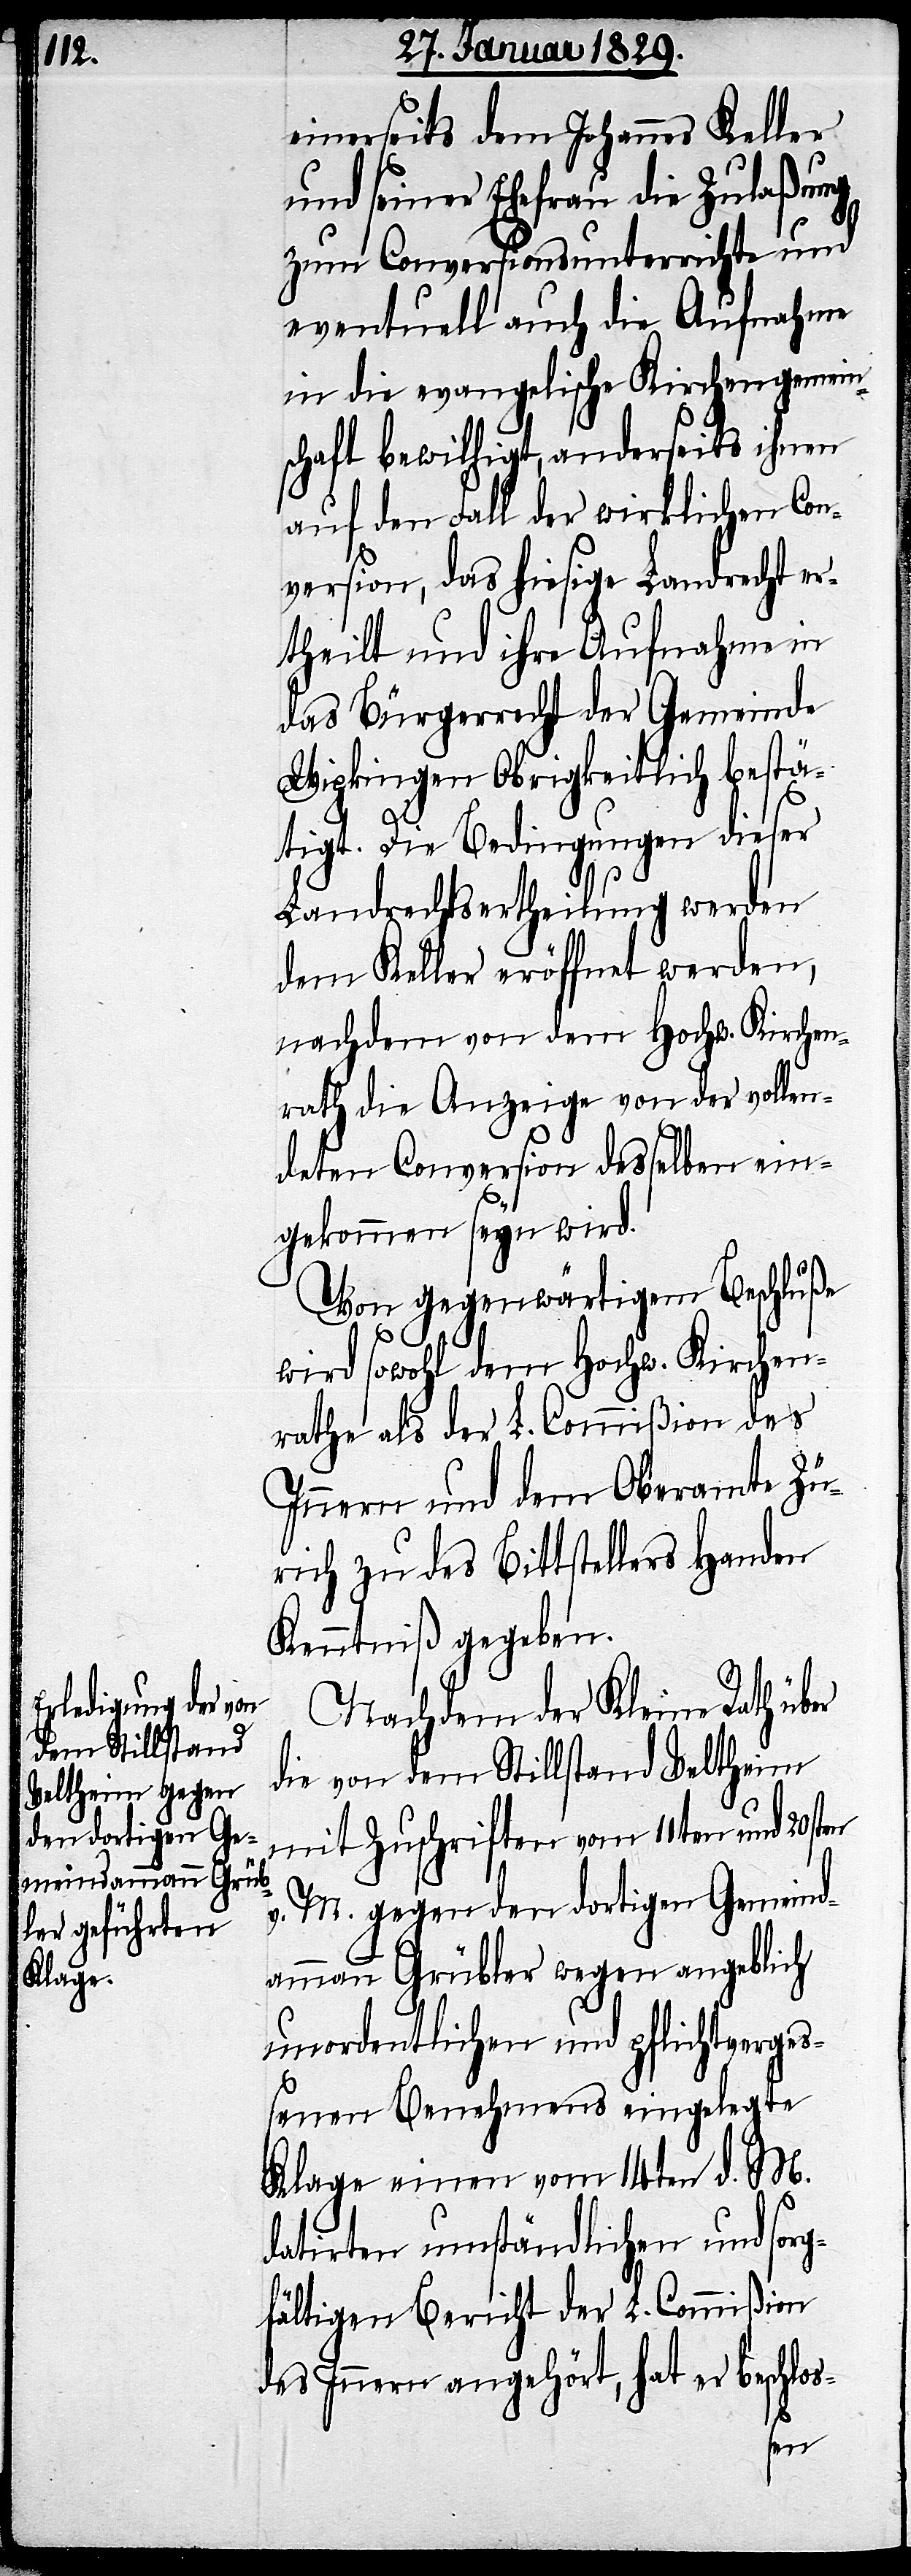
einerseits dem Johannes Keller
und seiner Ehefrau die Zulaßung
zum Conversionsunterrichte und
eventuell auch die Aufnahme
in die evangelische Kirchengemein¬
schaft bewilligt, anderseits ihnen
auf den Fall der wirklichen Con¬
version, das hiesige Landrecht er¬
theilt und ihre Aufnahme in
das Bürgerrecht der Gemeinde
Wipkingen Obrigkeitlich bestä¬
tigt. Die Bedingungen dieser
Landrechtsertheilung werden
dem Keller eröffnet werden,
nachdem von dem Hochw. Kirchen¬
rath die Anzeige von der vollen¬
deten Conversion desselben ein¬
gekommen seyn wird.
Von gegenwärtigem Beschluße
wird sowohl dem Hochw. Kirchen¬
rathe als der L. Commißion des
Innern und dem Oberamte Zü¬
rich zu des Bittsteller Handen
Kenntniß gegeben.
Nachdem der Kleine Rath über
die von dem Stillstand Veltheim
mit Zuschriften vom 11ten und 20sten
v. M. gegen den dortigen Gemeind¬
ammann Grübler wegen angeblich
unordentlichen und pflichtverge¬
ßenen Benehmens eingelegte
Klage einen vom 14ten d. M.
datirten umständlichen und sorg¬
fältigen Bericht der L. Commißion
des Innern angehört, hat er beschlos-